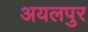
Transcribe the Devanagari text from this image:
अयलपुर